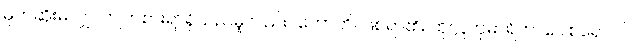
မုတ်ဆိုးမလျှင်ကျက်စားရာရှိသည်မူလည်း။ ဟောတိ၊ ဖြစ်ရာ၏။ ထုလ္လကုမာရိကာဂေါစရော ဝါ၊